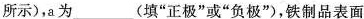
所示)，a为___(填”正极”或”负极”)，铁制品表面